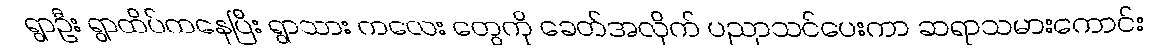
ရွာဦး ရွာထိပ်ကနေပြီး ရွာသား ကလေး တွေကို ခေတ်အလိုက် ပညာသင်ပေးကာ ဆရာသမားကောင်း